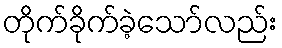
တိုက်ခိုက်ခဲ့သော်လည်း